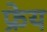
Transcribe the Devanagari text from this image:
फ्रेय